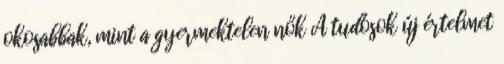
okosabbak, mint a gyermektelen nők A tudósok új értelmet